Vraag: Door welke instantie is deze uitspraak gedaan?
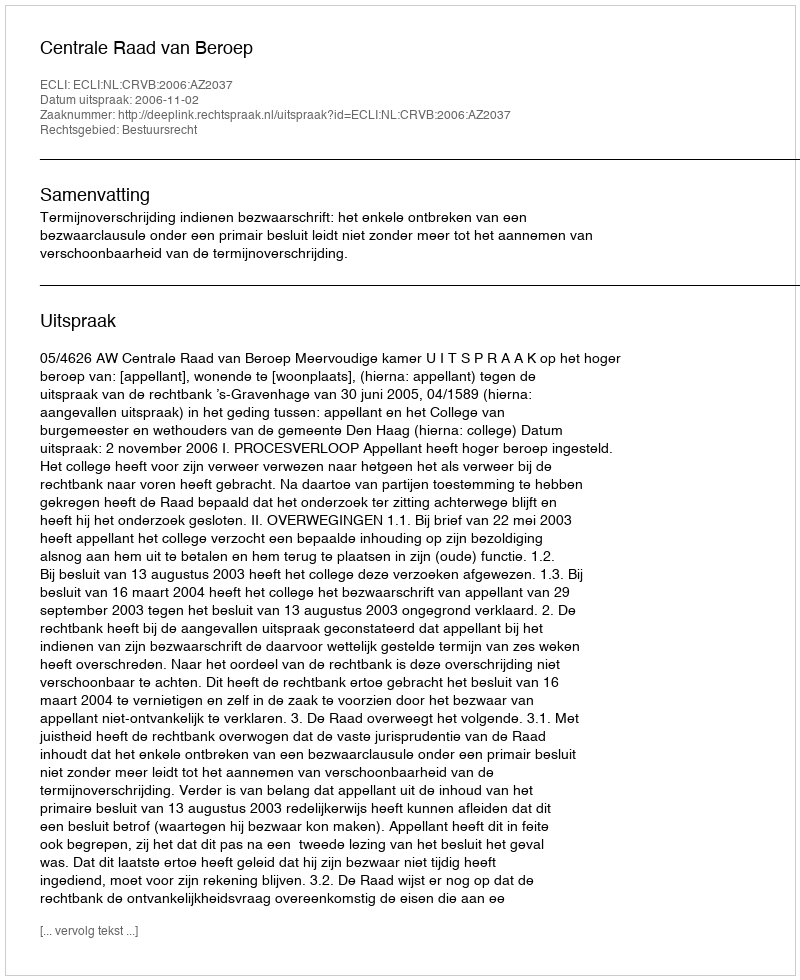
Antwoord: Centrale Raad van Beroep